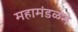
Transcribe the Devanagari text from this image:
महामंडळने